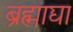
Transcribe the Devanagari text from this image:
ब्रह्माद्या